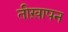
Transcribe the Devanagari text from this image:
तीख़ापन